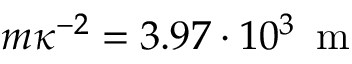
m \kappa ^ { - 2 } = 3 . 9 7 \cdot 1 0 ^ { 3 } \, \mathrm { ~ m ~ }